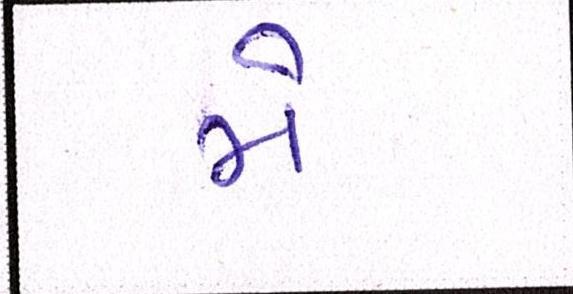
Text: મે